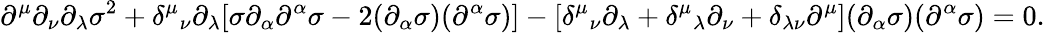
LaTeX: \partial^{\mu}\partial_{\nu}\partial_{\lambda}\sigma^{2}+\delta^{\mu}{}_{\nu}\partial_{\lambda}[\sigma\partial_{\alpha}\partial^{\alpha}\sigma-2(\partial_{\alpha}\sigma)(\partial^{\alpha}\sigma)]-[\delta^{\mu}{}_{\nu}\partial_{\lambda}+\delta^{\mu}{}_{\lambda}\partial_{\nu}+\delta_{\lambda\nu}\partial^{\mu}](\partial_{\alpha}\sigma)(\partial^{\alpha}\sigma)=0.